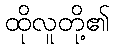
ထိုလူတို့၏